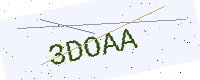
Text: 3DOAA